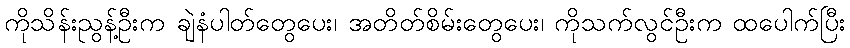
ကိုသိန်းညွန့်ဦးက ချဲနံပါတ်တွေပေး၊ အတိတ်စိမ်းတွေပေး၊ ကိုသက်လွင်ဦးက ထပေါက်ပြီး